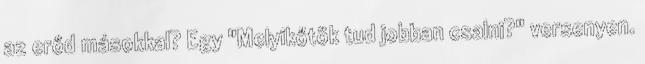
az erőd másokkal? Egy "Melyikőtök tud jobban csalni?" versenyen.